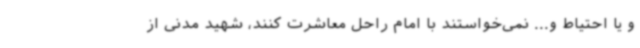
و یا احتیاط و... نمی‌خواستند با امام راحل معاشرت کنند، شهید مدنی از